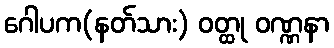
ဂေါပက(နတ်သား) ဝတ္ထု ဝဏ္ဏနာ